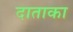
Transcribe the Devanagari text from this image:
दाताका